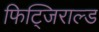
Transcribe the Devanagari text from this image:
फिट्जिराल्ड